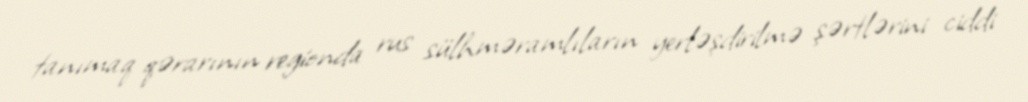
tanımaq qərarının regionda rus sülhməramlıların yerləşdirilmə şərtlərini ciddi